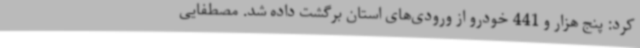
کرد: پنج هزار و 441 خودرو از ورودی‌های استان برگشت داده شد. مصطفایی